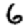
Digit: 6